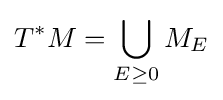
T^{*}M=\bigcup _{E\geq 0}M_{E}